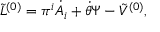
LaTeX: { \tilde { \cal L } } ^ { ( 0 ) } = \pi ^ { i } \dot { A _ { i } } + \dot { \theta } \Psi - { \tilde { V } } ^ { ( 0 ) } ,